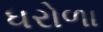
ધરોળા